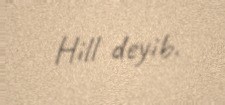
Hill deyib.